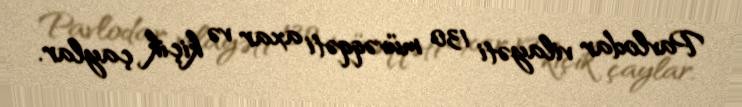
Pavlodar vilayəti 130 müvəqqəti axar və kiçik çaylar.